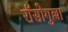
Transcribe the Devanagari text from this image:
रॉसोगुल्ला